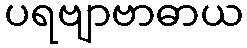
ပရဗျာဗာဓာယ